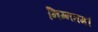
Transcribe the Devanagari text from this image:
निम्नतम।